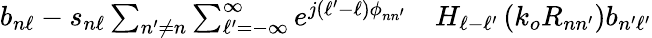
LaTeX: \begin{array}{rl}{b_{n\ell}-s_{n\ell}\sum_{n^{\prime}\neq n}\sum_{\ell^{\prime}=-\infty}^{\infty}e^{j\left(\ell^{\prime}-\ell\right)\phi_{nn^{\prime}}}}&{{}H_{\ell-\ell^{\prime}}\left(k_{o}R_{nn^{\prime}}\right)b_{n^{\prime}\ell^{\prime}}}\end{array}